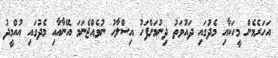
އަހަރެމެން މީހަކާއި މެދުގައި ދައުވަތު ދިނުމަށްފަހު އިސްލާހު ނުވެއްޖެނަމަ އޭނާއާއި މެދުގައި އުއްމީދު